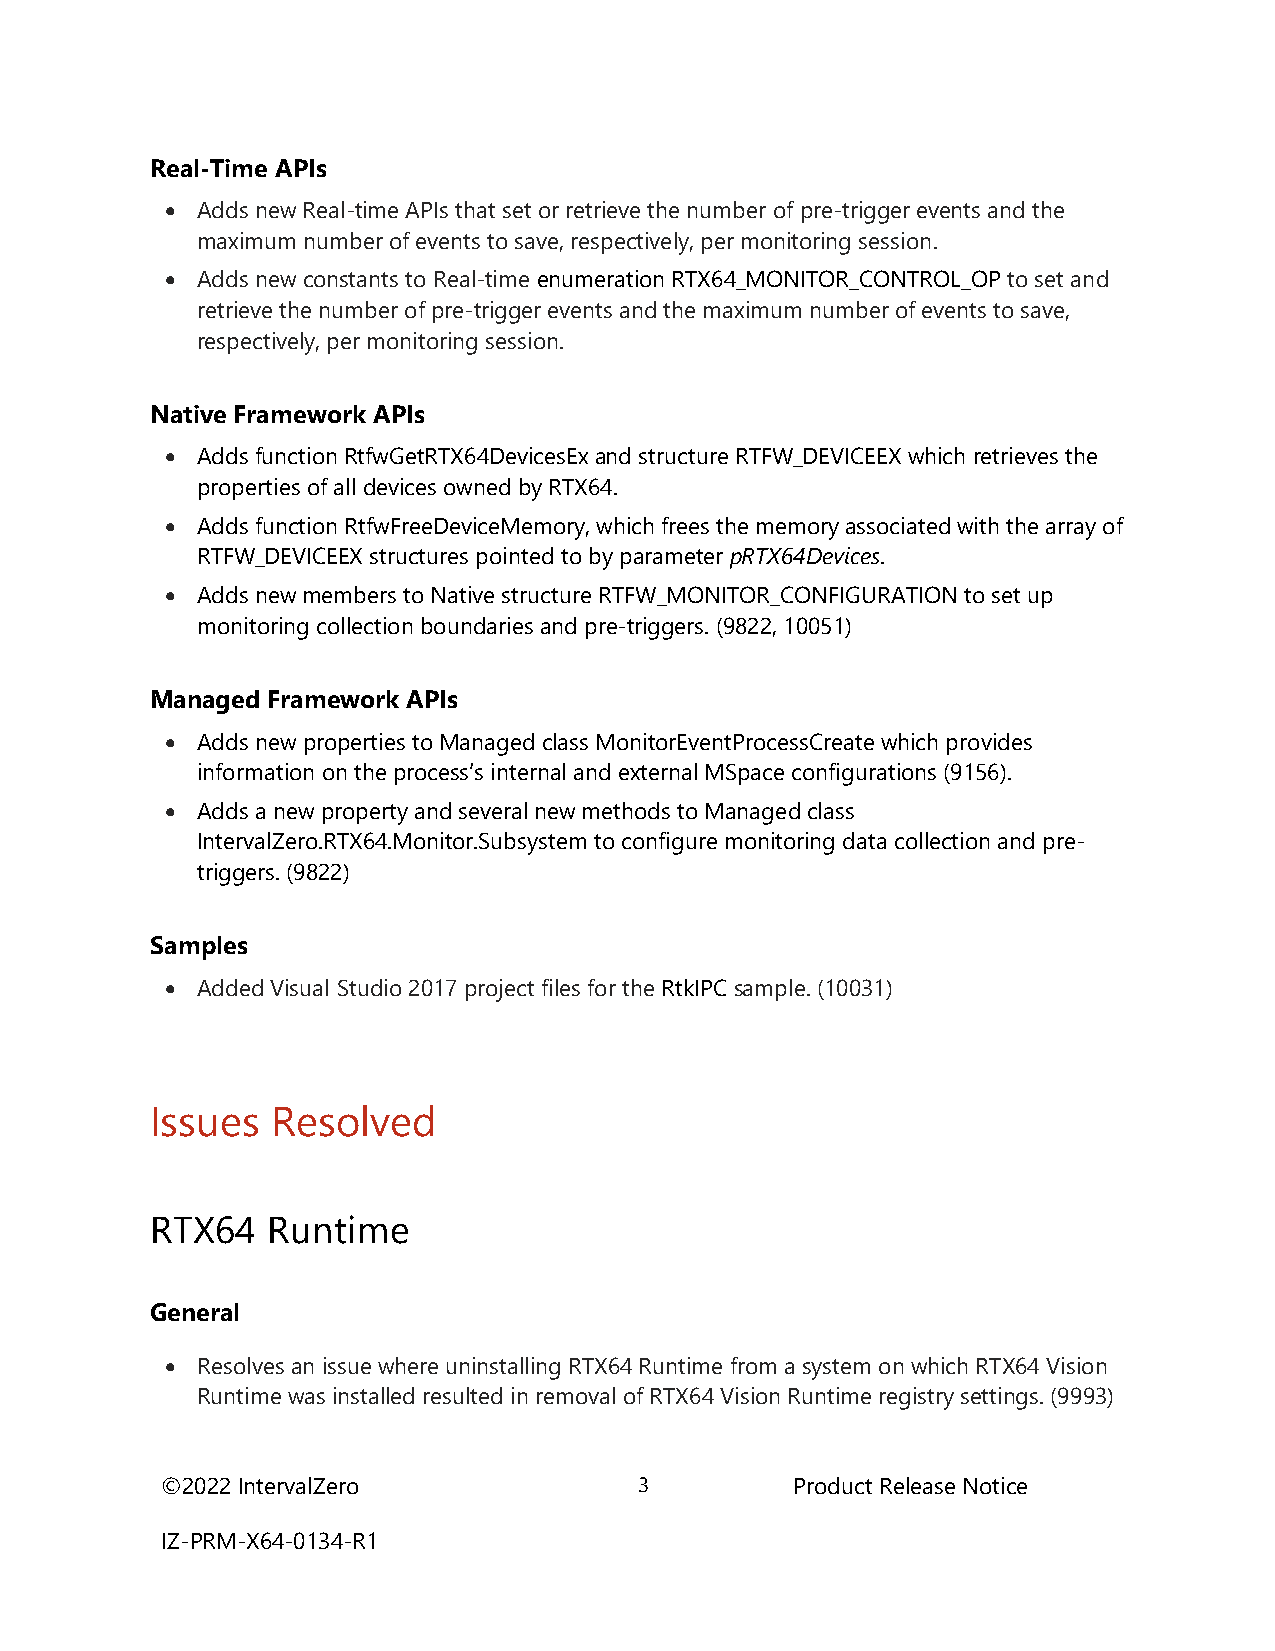
Real-Time APIs
  Adds new Real-time APIs that set or retrieve the number of pre-trigger events and the
 maximum number of events to save, respectively, per monitoring session.
  Adds new constants to Real-time enumeration RTX64_MONITOR_CONTROL_OP to set and
 retrieve the number of pre-trigger events and the maximum number of events to save,
 respectively, per monitoring session.
 Native Framework APIs
  Adds function RtfwGetRTX64DevicesEx and structure RTFW_DEVICEEX which retrieves the
 properties of all devices owned by RTX64.
  Adds function RtfwFreeDeviceMemory, which frees the memory associated with the array of
 RTFW_DEVICEEX structures pointed to by parameter pRTX64Devices.
  Adds new members to Native structure RTFW_MONITOR_CONFIGURATION to set up
 monitoring collection boundaries and pre-triggers. (9822, 10051)
 Managed Framework APIs
  Adds new properties to Managed class MonitorEventProcessCreate which provides
 information on the process’s internal and external MSpace configurations (9156).
  Adds a new property and several new methods to Managed class
 IntervalZero.RTX64.Monitor.Subsystem to configure monitoring data collection and pre-
 triggers. (9822)
 Samples
  Added Visual Studio 2017 project files for the RtkIPC sample. (10031)
 Issues  Resolved
 RTX64   Runtime
 General
  Resolves an issue where uninstalling RTX64 Runtime from a system on which RTX64 Vision
 Runtime was installed resulted in removal of RTX64 Vision Runtime registry settings. (9993)
 ©2022 IntervalZero             3          Product Release Notice
 IZ-PRM-X64-0134-R1